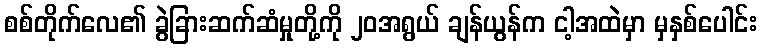
စစ်တိုက်လေ၏ ခွဲခြားဆက်ဆံမှုတို့ကို ၂၀အရွယ် ချန်ယွန်က ငါ့အထဲမှာ မှနှစ်ပေါင်း